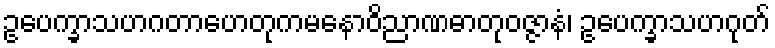
ဥပေက္ခာသဟဂတာဟေတုကမနောဝိညာဏဓာတုဝဇ္ဇာနံ၊ ဥပေက္ခာသဟဂုတ်